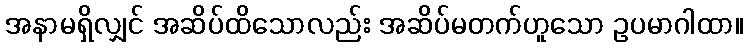
အနာမရှိလျှင် အဆိပ်ထိသောလည်း အဆိပ်မတက်ဟူသော ဥပမာဂါထာ။